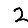
Digit: 2